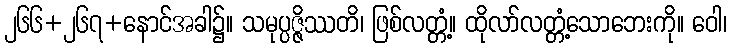
၂၆၆+၂၆၇+နောင်အခါ၌။ သမုပ္ပဇ္ဇိဿတိ၊ ဖြစ်လတ္တံ့။ ထိုလာ်လတ္တံ့သောဘေးကို။ ဝေါ၊